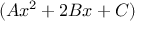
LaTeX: ( A x ^ { 2 } + 2 B x + C )